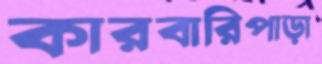
কারবারিপাড়া